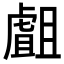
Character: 𧇣